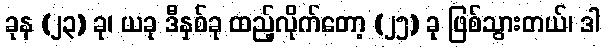
ခုန (၂၃) ခု၊ ယခု ဒီနှစ်ခု ထည့်လိုက်တော့ (၂၅) ခု ဖြစ်သွားတယ်၊ ဒါ